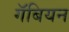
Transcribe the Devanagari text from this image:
गॅबियन